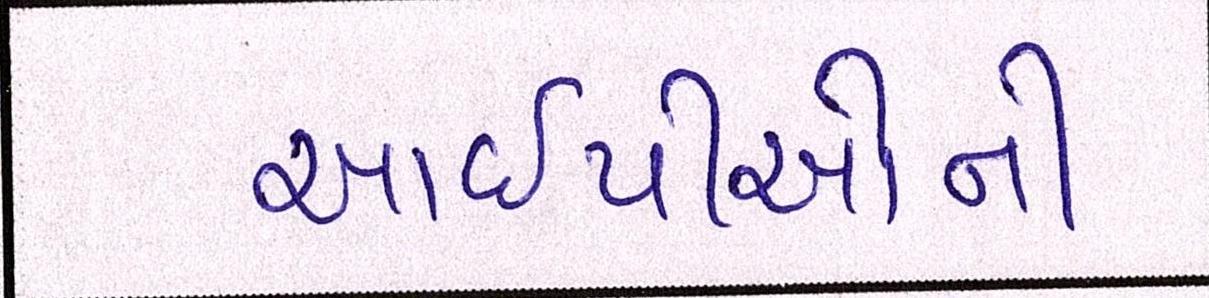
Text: આઇપીઓની